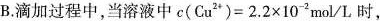
B.滴加过程中，当溶液中$$c ( Cu ^ { 2+ } ) = 2 . 2 \times 1 0 ^{ -2 } mol/L$$时，